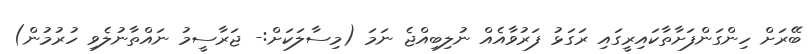
ބޭރަށް ހިންގަންފަށާތާކައިރީގައި ރަގަޅު ފަރުވާއެއް ނުލިބިއްޖެ ނަމަ (މިސާލަކަށް:- ޖަރާސީމު ނައްތާނުލެވި ހުރުމުން)